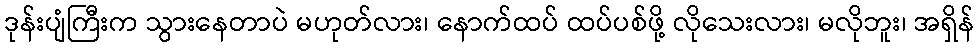
ဒုန်းပျံကြီးက သွားနေတာပဲ မဟုတ်လား၊ နောက်ထပ် ထပ်ပစ်ဖို့ လိုသေးလား၊ မလိုဘူး၊ အရှိန်